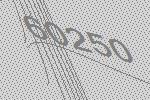
60250